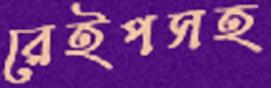
রেইপসহ